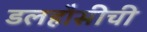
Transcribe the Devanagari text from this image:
डलहौसीची